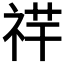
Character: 𥙶